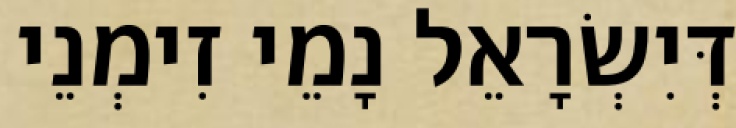
דְּיִשְׂרָאֵל נָמֵי זִימְנֵי